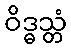
ဝိဒ္ဓသ္တံ